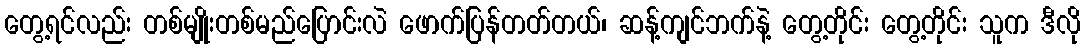
တွေ့ရင်လည်း တစ်မျိုးတစ်မည်ပြောင်းလဲ ဖောက်ပြန်တတ်တယ်၊ ဆန့်ကျင်ဘက်နဲ့ တွေ့တိုင်း တွေ့တိုင်း သူက ဒီလို